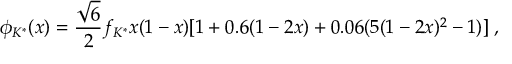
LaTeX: \phi _ { K ^ { * } } ( x ) = \frac { \sqrt { 6 } } { 2 } f _ { K ^ { * } } x ( 1 - x ) [ 1 + 0 . 6 ( 1 - 2 x ) + 0 . 0 6 ( 5 ( 1 - 2 x ) ^ { 2 } - 1 ) ] \; ,